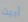
أبيت